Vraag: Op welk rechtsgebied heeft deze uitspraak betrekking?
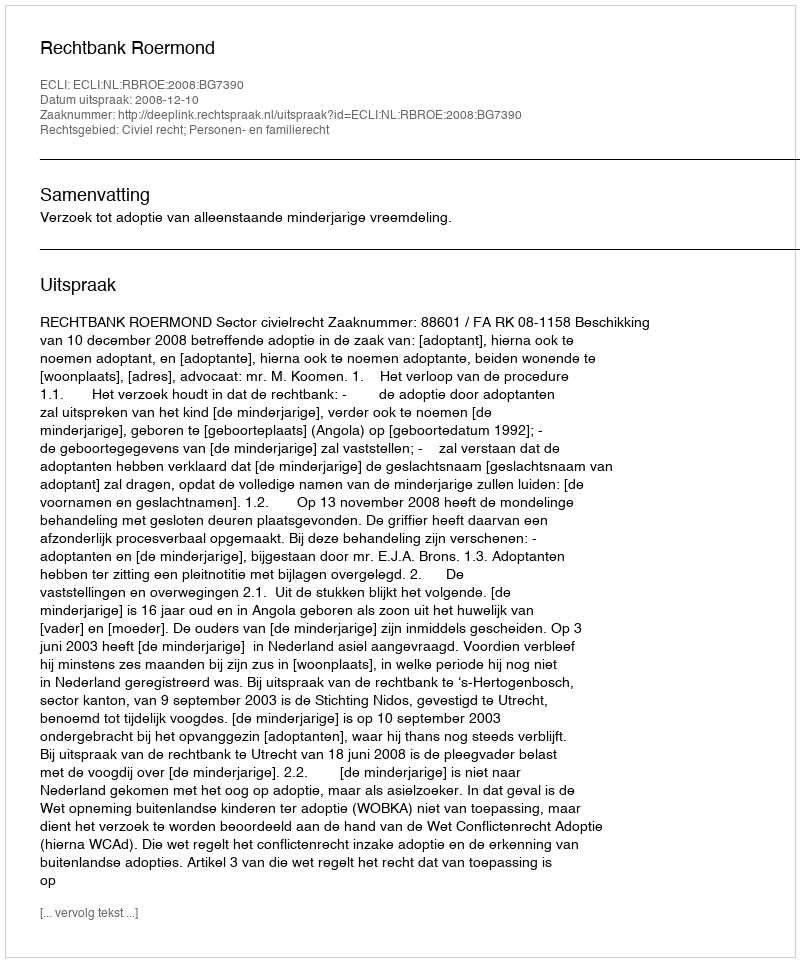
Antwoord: Civiel recht; Personen- en familierecht